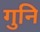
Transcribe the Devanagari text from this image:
गुनि